Lock hospitals Punjab
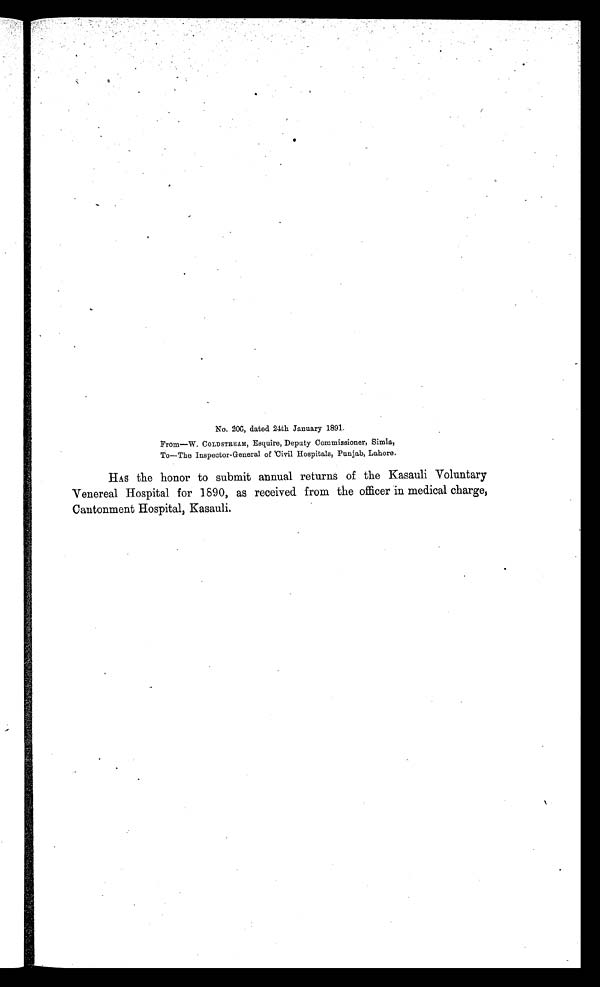
No. 206, dated 24th January 1891.
From—W. COLDSTREAM, Esquire, Deputy Commissioner, Simla,
To—The Inspector-General of Civil Hospitals, Punjab, Lahore.
HAS the honor to submit annual returns of the Kasauli Voluntary
Venereal Hospital for 1890, as received from the officer in medical charge,
Cantonment Hospital, Kasauli.